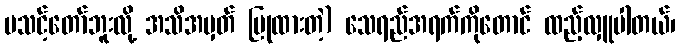
မသင့်တော်ဘူးလို့ အသိအမှတ် ပြုထားတဲ့) သေရည်အရက်ကိုတောင် ထည့်လှူပါတယ်၊